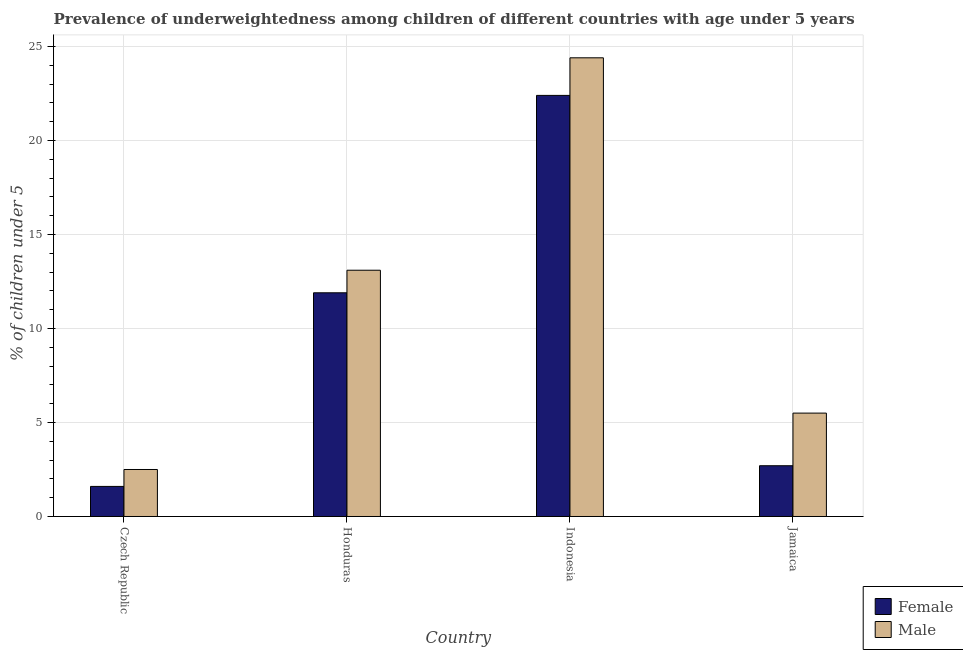
| Country | Female | Male |
 | --- | --- | --- |
 | Czech Republic | 1.6 | 2.5 |
 | Honduras | 11.9 | 13.1 |
 | Indonesia | 22.4 | 24.4 |
 | Jamaica | 2.7 | 5.5 |